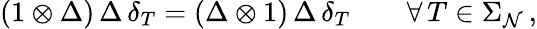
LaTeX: (1\otimes\Delta)\, \Delta\, \delta_{T}=(\Delta\otimes1)\, \Delta\, \delta_{T}\qquad\forall\, T\in\Sigma_{\mathcal{N}}\, ,